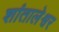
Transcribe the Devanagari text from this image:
शांतालेश्वर